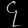
Digit: ၄